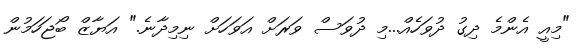
"މިއީ އެންމެ ދިގު ދުވަހެއް...މި ދުވަސް ވަރަށް އަވަހަށް ނިމިދާނެ." އަޔާޒް ބޯޖަހަމުން